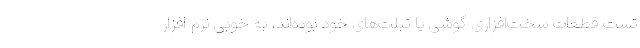
تست قطعات سخت‌افزاری گوشی یا تبلت‌های خود بوده‌اند، به خوبی نرم افزار